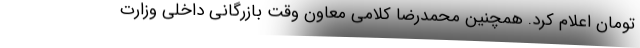
تومان اعلام کرد. همچنین محمدرضا کلامی معاون وقت بازرگانی داخلی وزارت